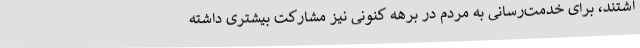
اشتند، برای خدمت‌رسانی به مردم در برهه کنونی نیز مشارکت بیشتری داشته